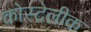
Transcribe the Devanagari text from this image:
कोस्टेलीक